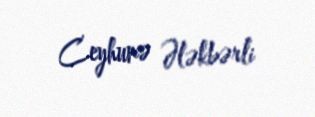
Ceyhunə Ələkbərli